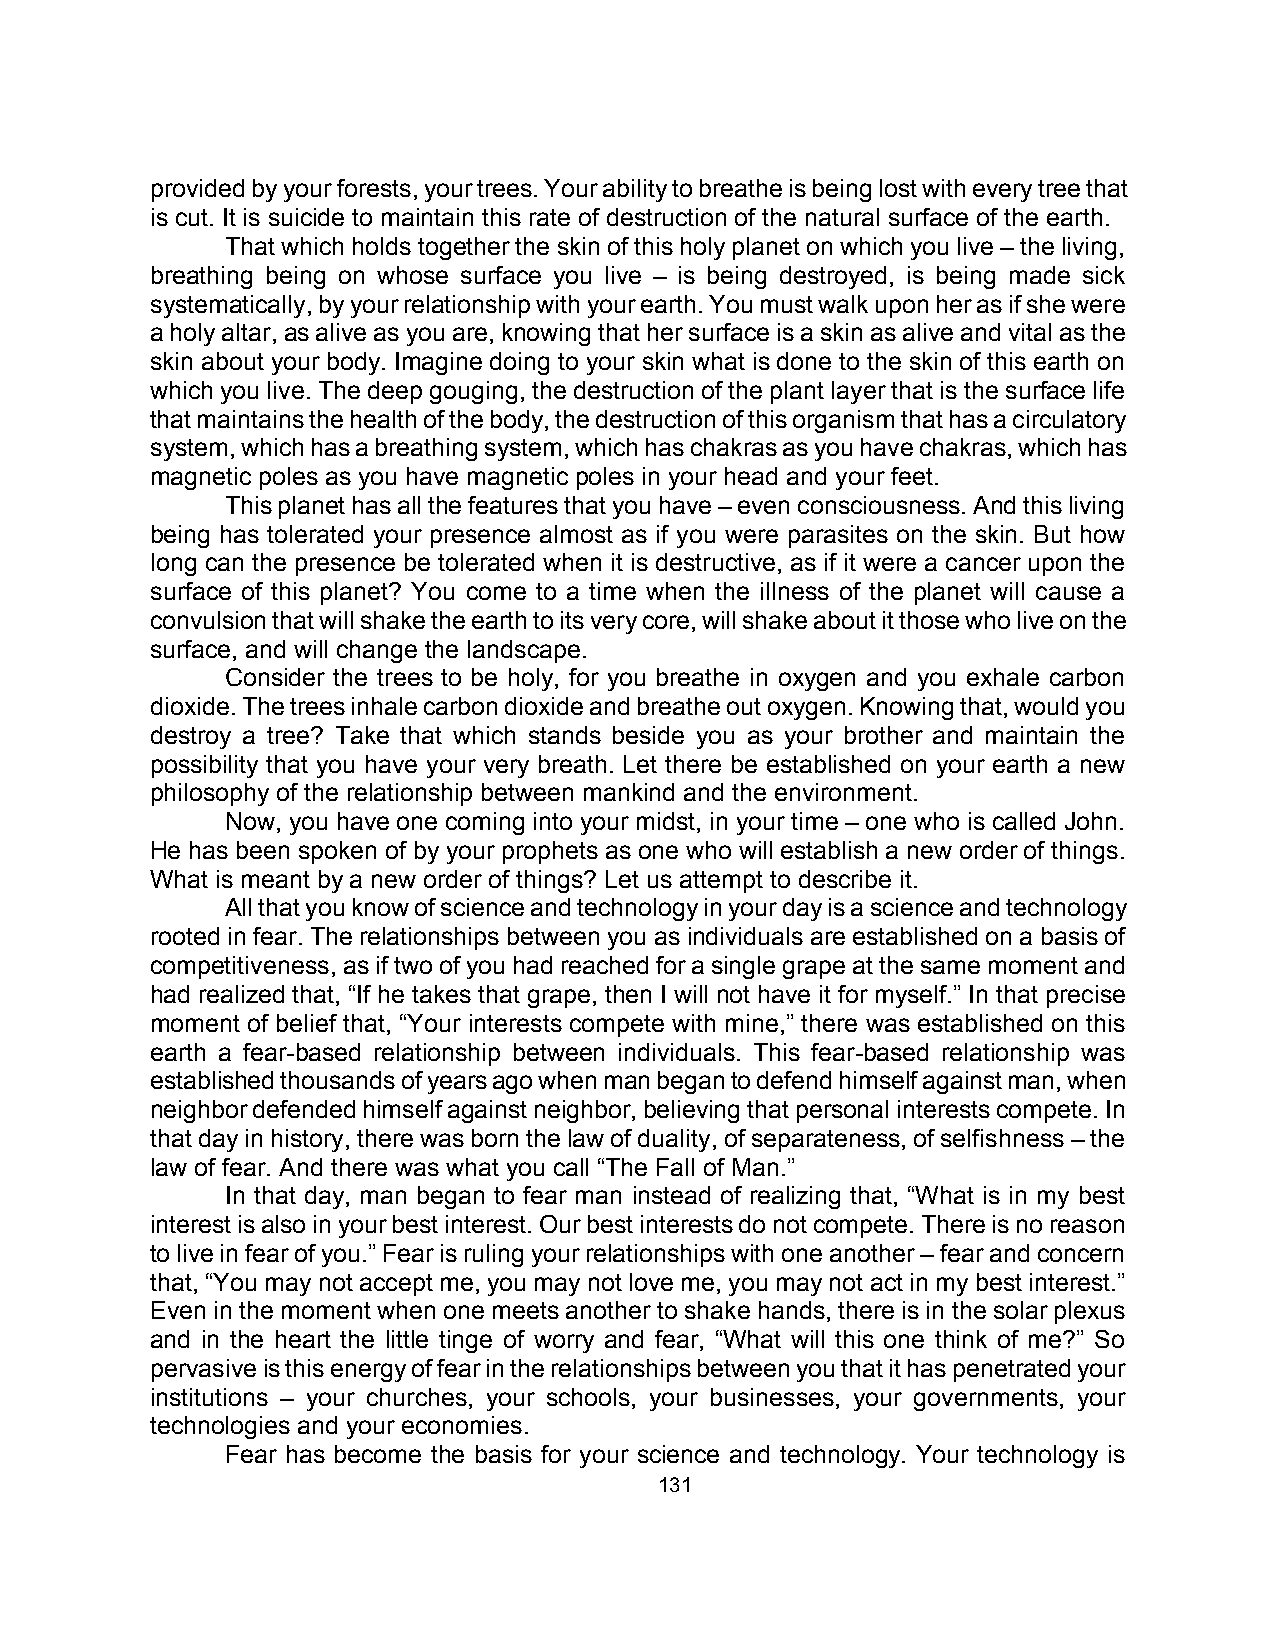
provided by your forests, your trees. Your ability to breathe is being lost with every tree that
 is cut. It is suicide to maintain this rate of destruction of the natural surface of the earth.
 That which holds together the skin of this holy planet on which you live – the living,
 breathing being on whose surface you live – is being destroyed, is being made sick
 systematically, by your relationship with your earth. You must walk upon her as if she were
 a holy altar, as alive as you are, knowing that her surface is a skin as alive and vital as the
 skin about your body. Imagine doing to your skin what is done to the skin of this earth on
 which you live. The deep gouging, the destruction of the plant layer that is the surface life
 that maintains the health of the body, the destruction of this organism that has a circulatory
 system, which has a breathing system, which has chakras as you have chakras, which has
 magnetic poles as you have magnetic poles in your head and your feet.
 This planet has all the features that you have – even consciousness. And this living
 being has tolerated your presence almost as if you were parasites on the skin. But how
 long can the presence be tolerated when it is destructive, as if it were a cancer upon the
 surface of this planet? You come to a time when the illness of the planet will cause a
 convulsion that will shake the earth to its very core, will shake about it those who live on the
 surface, and will change the landscape.
 Consider the trees to be holy, for you breathe in oxygen and you exhale carbon
 dioxide. The trees inhale carbon dioxide and breathe out oxygen. Knowing that, would you
 destroy a tree? Take that which stands beside you as your brother and maintain the
 possibility that you have your very breath. Let there be established on your earth a new
 philosophy of the relationship between mankind and the environment.
 Now, you have one coming into your midst, in your time – one who is called John.
 He has been spoken of by your prophets as one who will establish a new order of things.
 What is meant by a new order of things? Let us attempt to describe it.
 All that you know of science and technology in your day is a science and technology
 rooted in fear. The relationships between you as individuals are established on a basis of
 competitiveness, as if two of you had reached for a single grape at the same moment and
 had realized that, “If he takes that grape, then I will not have it for myself.” In that precise
 moment of belief that, “Your interests compete with mine,” there was established on this
 earth a fear-based relationship between individuals. This fear-based relationship was
 established thousands of years ago when man began to defend himself against man, when
 neighbor defended himself against neighbor, believing that personal interests compete. In
 that day in history, there was born the law of duality, of separateness, of selfishness – the
 law of fear. And there was what you call “The Fall of Man.”
 In that day, man began to fear man instead of realizing that, “What is in my best
 interest is also in your best interest. Our best interests do not compete. There is no reason
 to live in fear of you.” Fear is ruling your relationships with one another – fear and concern
 that, “You may not accept me, you may not love me, you may not act in my best interest.”
 Even in the moment when one meets another to shake hands, there is in the solar plexus
 and in the heart the little tinge of worry and fear, “What will this one think of me?” So
 pervasive is this energy of fear in the relationships between you that it has penetrated your
 institutions – your churches, your schools, your businesses, your governments, your
 technologies and your economies.
 Fear has become the basis for your science and technology. Your technology is
 131